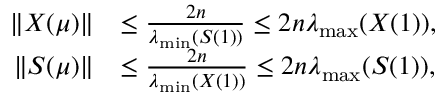
\begin{array} { r l } { \| X ( \mu ) \| } & { \le \frac { 2 n } { \lambda _ { \operatorname* { m i n } } ( S ( 1 ) ) } \le 2 n \lambda _ { \operatorname* { m a x } } ( X ( 1 ) ) , } \\ { \| S ( \mu ) \| } & { \le \frac { 2 n } { \lambda _ { \operatorname* { m i n } } ( X ( 1 ) ) } \le 2 n \lambda _ { \operatorname* { m a x } } ( S ( 1 ) ) , } \end{array}